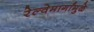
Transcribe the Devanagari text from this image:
रेल्वेमार्गांमुळे